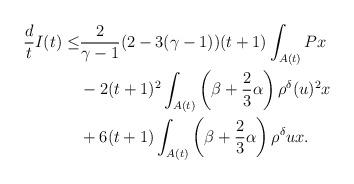
LaTeX: \begin{align*}\frac{d}{t}I(t)\leq & \frac{2}{\gamma-1}(2-3(\gamma-1))(t+1)\int_{A(t)}Px\\&-2(t+1)^2\int_{A(t)}\left(\beta+\frac{2}{3}\alpha\right)\rho^\delta( u)^2x\\&+6(t+1)\int_{A(t)} \left(\beta+\frac{2}{3}\alpha\right)\rho^\delta ux.\end{align*}